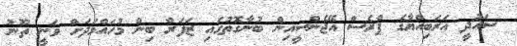
ސައުދީ އަރަބިއްޔާގެ ޕްރެސް އޭޖެންސީއިން ބުނާގޮތުގައި ޒަފަރް ބިން މުހައްމަދަށް ވަނީ ތޫނު